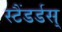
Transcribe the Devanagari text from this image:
स्टैंडर्डस्